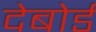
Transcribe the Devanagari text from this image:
देबोर्ड